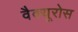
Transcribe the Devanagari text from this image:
वैक्यूरोस